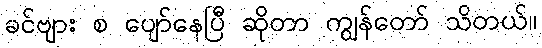
ခင်ဗျား စ ပျော်နေပြီ ဆိုတာ ကျွန်တော် သိတယ်။